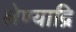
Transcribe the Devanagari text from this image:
लेण्याद्रि